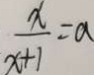
\frac { x } { x + 1 } = a